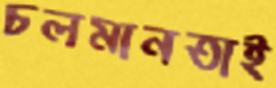
চলমানতাই